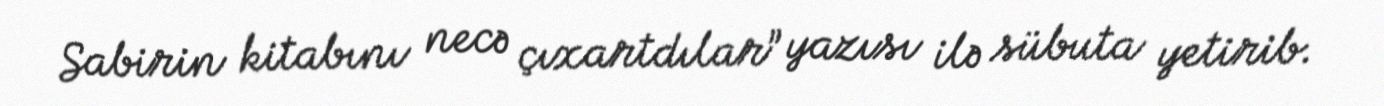
Sabirin kitabını necə çıxartdılar” yazısı ilə sübuta yetirib.